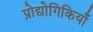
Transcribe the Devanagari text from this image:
प्रोद्योगिकियाँ